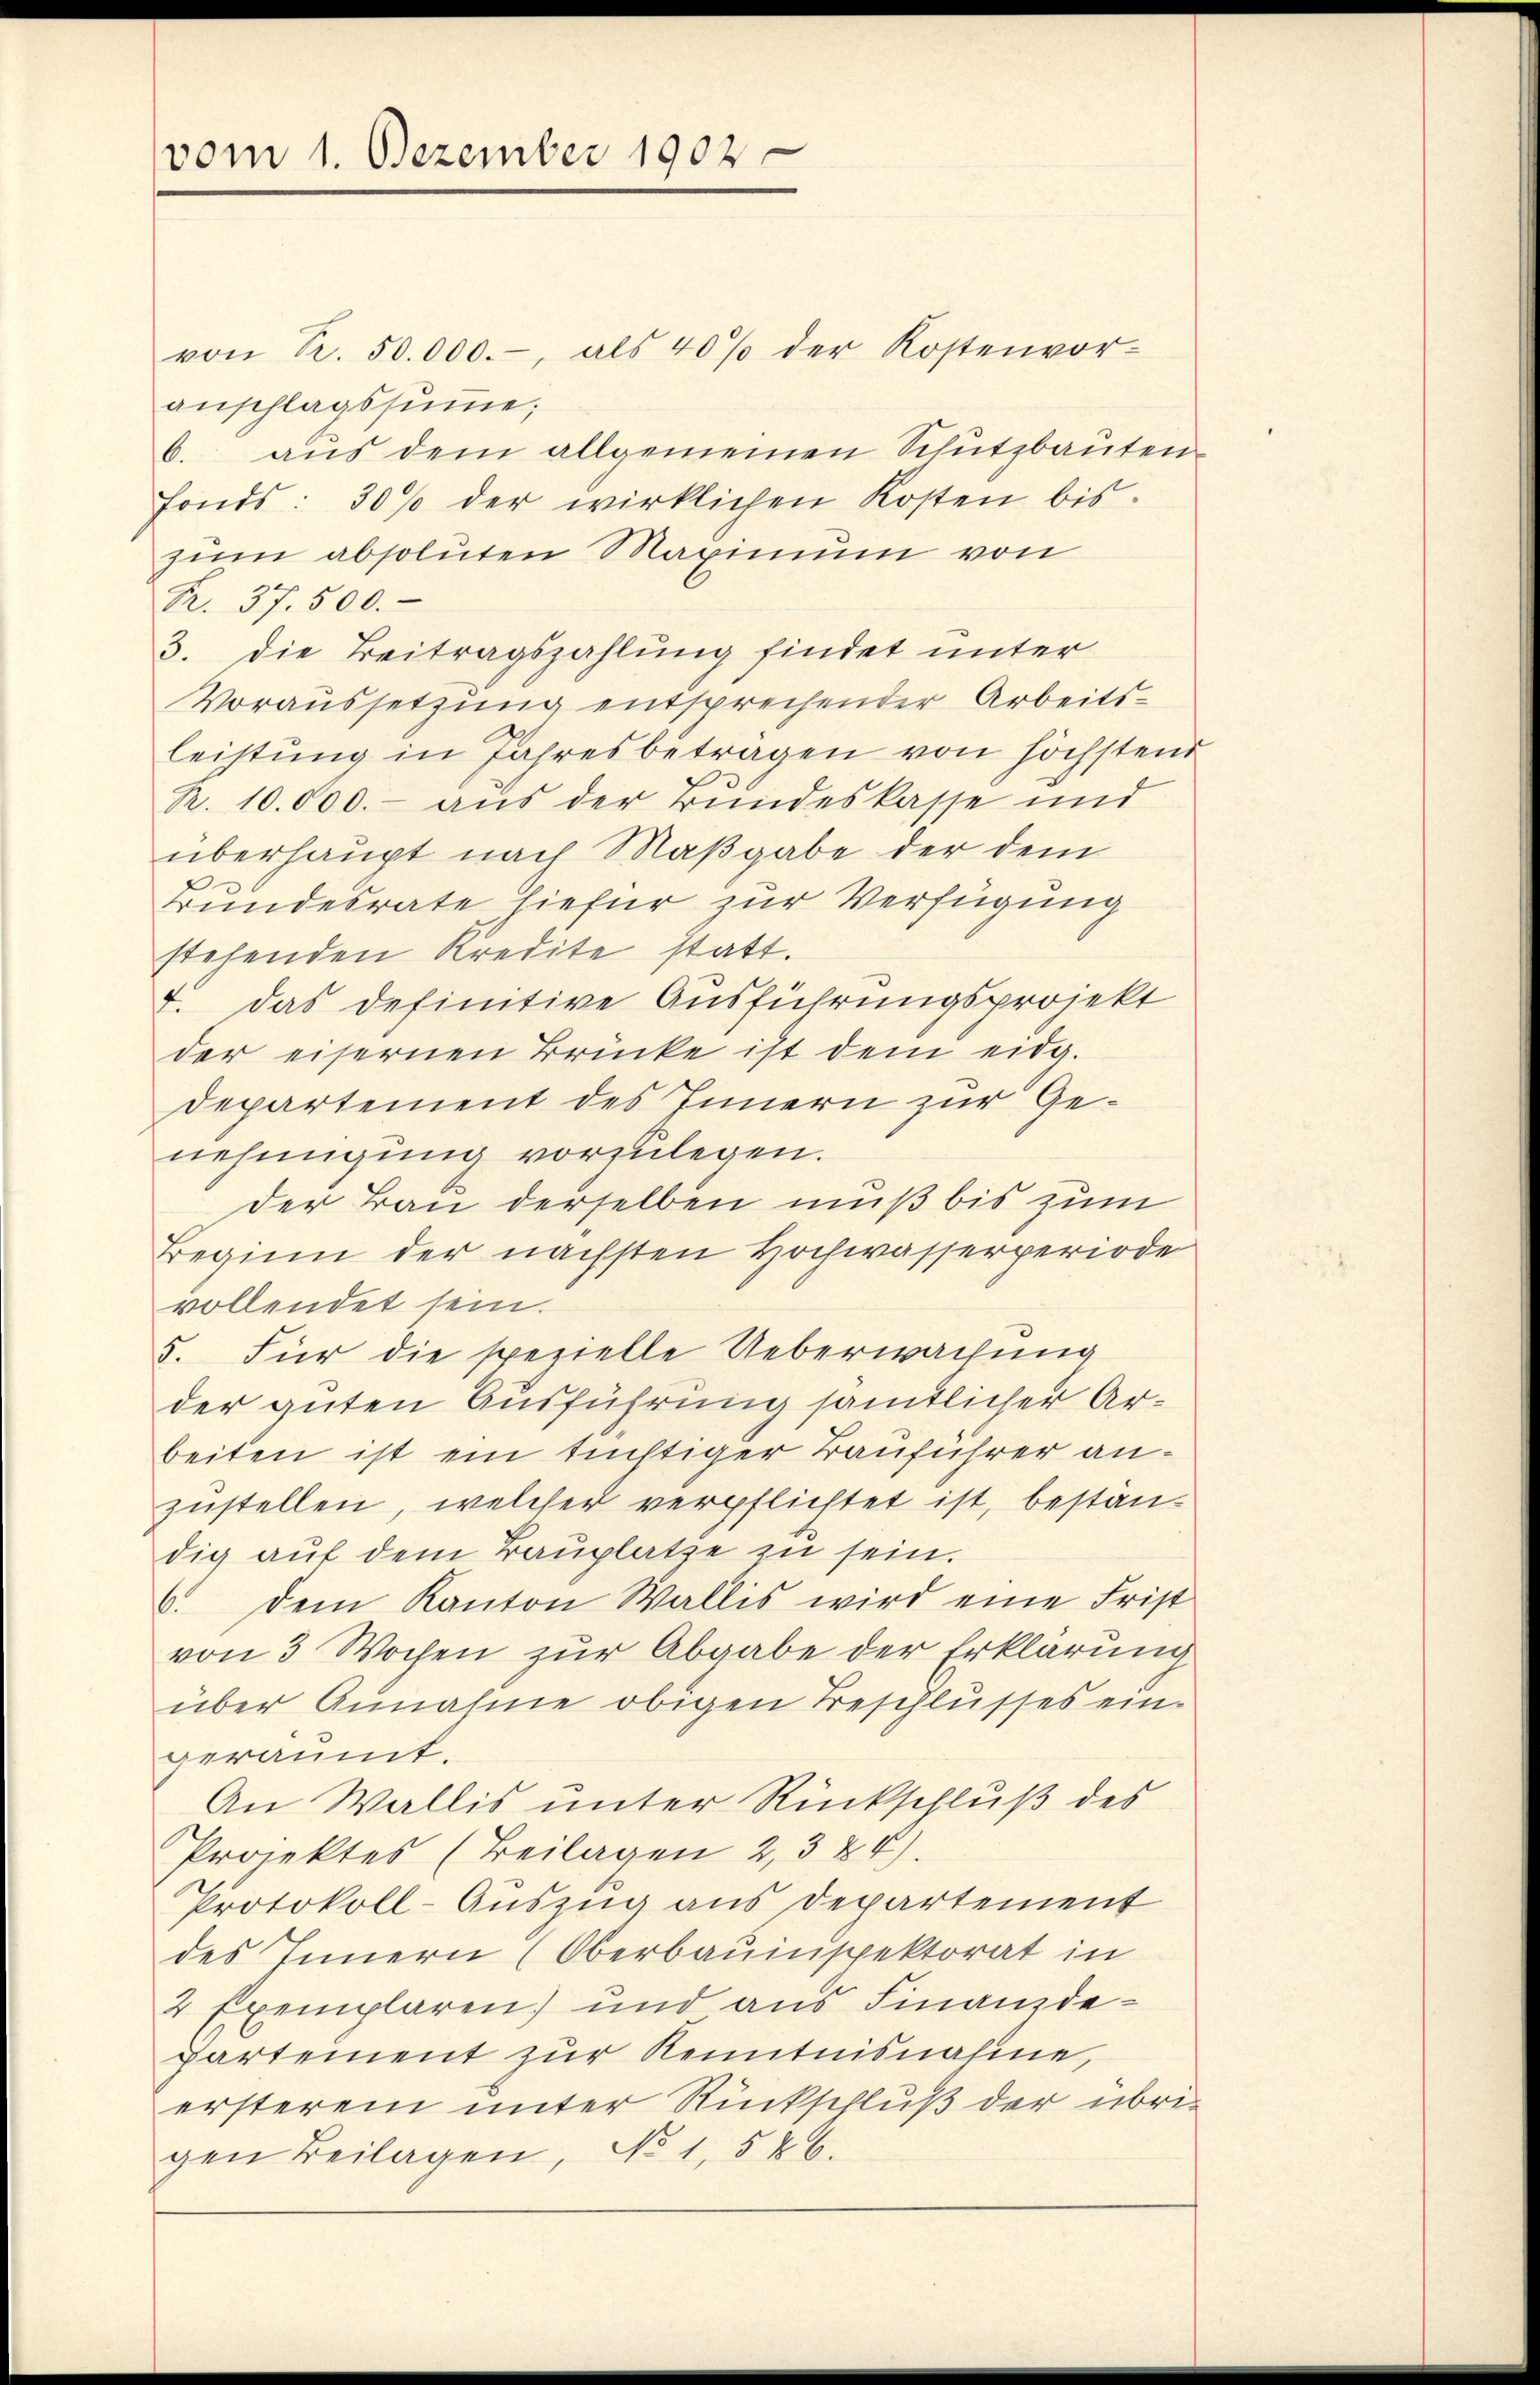
vom 1. Dezember 1902.

von R. 50.000.-, als 40% der Kostenvor-
anschlagssume;
6. aŭs dem allgemeinen Schutzbaŭten
fonds: 30% der wirklichen Kosten bis
zum absoluten Maximum von
R. 37. 500.
3. die Beitragszahlung findet unter
Voraussetzung entsprechender Arbeitsleistung in Jahresbeträgen von höchstend
R. 10.000.- aus der Bundeskasse und
überhaupt nach Maßgabe der dem
Bundesrate hiefür zur Verfügung
stehenden Kredite statt.
7. Das definitive Ausführungsprojekt
der eisernen Brücke ist dem eidg.
Departement des Innern zur Genehmigung vorzulegen.
der Bau derselben muß bis zum
Beginn der nächsten Hochwasserperiode
vollendet sein.
5. Für die spezielle Ueberwachung
der guten Ausführung sämtlicher Arbeiten ist ein tüchtiger Bauführer anzustellen, welcher verpflichtet ist, bestandig aŭf dem Baŭplatze zu sein.
6. dem Kanton Wallis wird eine Frist
von 3 Wochen zur Abgabe der Erklärung
über Annahme obigen Beschlusses eingeräumt.
An Wallis unter Rückschluß des
Projektes (Beilagen 23 24).
Protokoll-Auszug aus Departement
des Innern (Oberbauinspektorat in
2 Exemplaren) und aus Finanzdepartement zŭr Kenntnisnahme,
ersteren unter Rückschluß der übrigen Beilagen, No 1526.